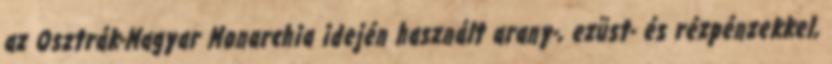
az Osztrák-Magyar Monarchia idején használt arany-, ezüst- és rézpénzekkel,